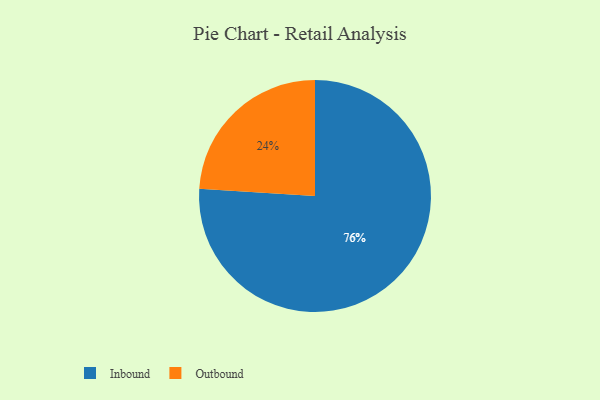
{"axis": {"x": "Category", "y": "Percentage"}, "legend": ["Inbound", "Outbound"], "data": [{"x": "Outbound", "y": 24, "type": "Outbound"}, {"x": "Inbound", "y": 76, "type": "Inbound"}]}